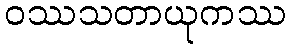
ဝဿသတာယုကဿ